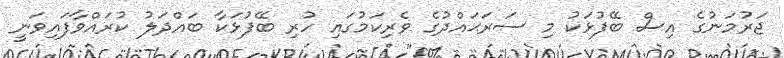
ޖަރުމަނުގެ އިސް ބޭފުޅަކު މި ސަރަޙައްދުގެ ވެރިކަމުގައި ހުރި ބޭފުޅަކާ ބައްދަލު ކުރައްވާފައިވަނީ